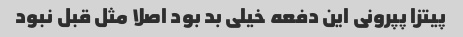
پیتزا پپرونی این دفعه خیلی بد بود اصلا مثل قبل نبود